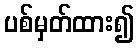
ပစ်မှတ်ထား၍